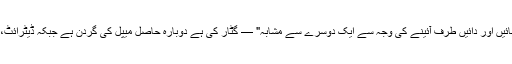
سیمیہوللو جسم — جسے کہا جاتا ہے "کتاب-بائیں اور دائیں طرف آئینے کی وجہ سے ایک دوسرے سے مشابہ" — گٹار کی ہے دوبارہ حاصل میپل کی گردن ہے جبکہ ڈیٹرائٹ، پرانے اضافہ ڈگلس فر، دوبارہ حاصل کر لیا ۔